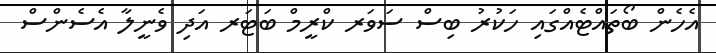
އެހެން ބޯތައްޓެއްގައި ހަކުރު ބިސް ސަވަރ ކްރީމް ބަޓަރ އަދި ވެނީލާ އެސެންސް